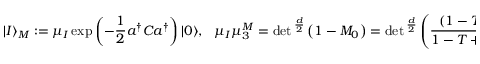
| I \rangle _ { M } : = \mu _ { I } \exp \left( - { \frac { 1 } { 2 } } a ^ { \dagger } C a ^ { \dagger } \right) | 0 \rangle , \ \ \ \mu _ { I } \mu _ { 3 } ^ { M } = \operatorname * { d e t } { } ^ { \frac { d } { 2 } } \left( 1 - M _ { 0 } \right) = \operatorname * { d e t } { } ^ { \frac { d } { 2 } } \left( { \frac { ( 1 - T ) ^ { 2 } } { 1 - T + T ^ { 2 } } } \right) ,